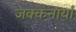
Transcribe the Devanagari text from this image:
जक्कनार्या